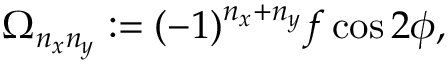
\Omega _ { n _ { x } n _ { y } } : = ( - 1 ) ^ { n _ { x } + n _ { y } } f \cos 2 \phi ,